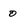
Character: 0